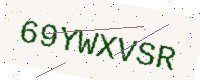
Text: 69YWXVSR